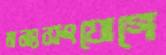
মনঃসংযোগে